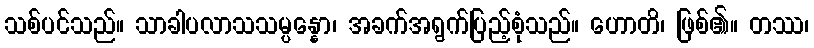
သစ်ပင်သည်။ သာခါပလာသသမ္ပန္နော၊ အခက်အရွက်ပြည့်စုံသည်။ ဟောတိ၊ ဖြစ်၏။ တဿ၊